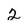
Character: 2